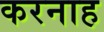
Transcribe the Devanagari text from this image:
करनाह